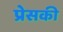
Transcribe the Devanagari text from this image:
प्रेसकी